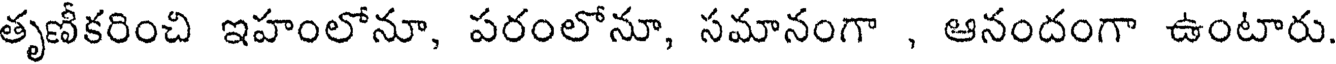
తృణీకరించి ఇహంలోనూ, పరంలోనూ, సమానంగా , ఆనందంగా ఉంటారు.